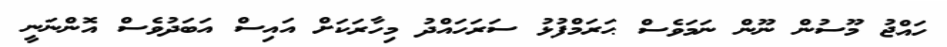
ހައްޖު މޫސުން ނޫން ނަމަވެސް ޙަރަމްފުޅު ސަރަހައްދު މިހާރަކަށް އައިސް އަަބަދުވެސް އޮންނަނީ